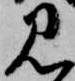
見